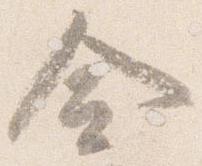
僉